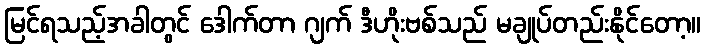
မြင်ရသည့်အခါတွင် ဒေါက်တာ ဂျက် ဒီဟိုးဗစ်သည် မချုပ်တည်းနိုင်တော့။